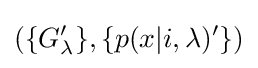
\left(\{G_{\lambda }'\},\{p(x|i,\lambda )'\}\right)